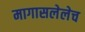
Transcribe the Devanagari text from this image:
मागासलेलेच